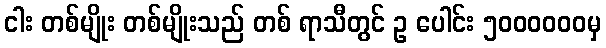
ငါး တစ်မျိုး တစ်မျိုးသည် တစ် ရာသီတွင် ဥ ပေါင်း ၅၀၀၀၀၀၀မှ